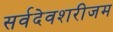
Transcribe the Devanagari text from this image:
सर्वदेवशरीजम